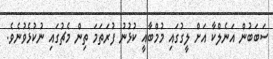
ސަބަބުން އަނެލްކާ އަށް ލީގުގައި މުމްބާއީ ކުޅުނު ފުރަތަމަ ތިން މެޗުގައި ނުކުޅެވުނެވެ.